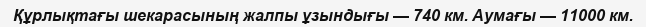
Құрлықтағы шекарасының жалпы ұзындығы — 740 км. Аумағы — 11000 км.